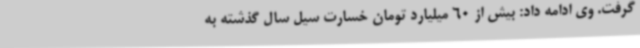
گرفت. وی ادامه داد: بیش از 60 میلیارد تومان خسارت سیل سال گذشته به